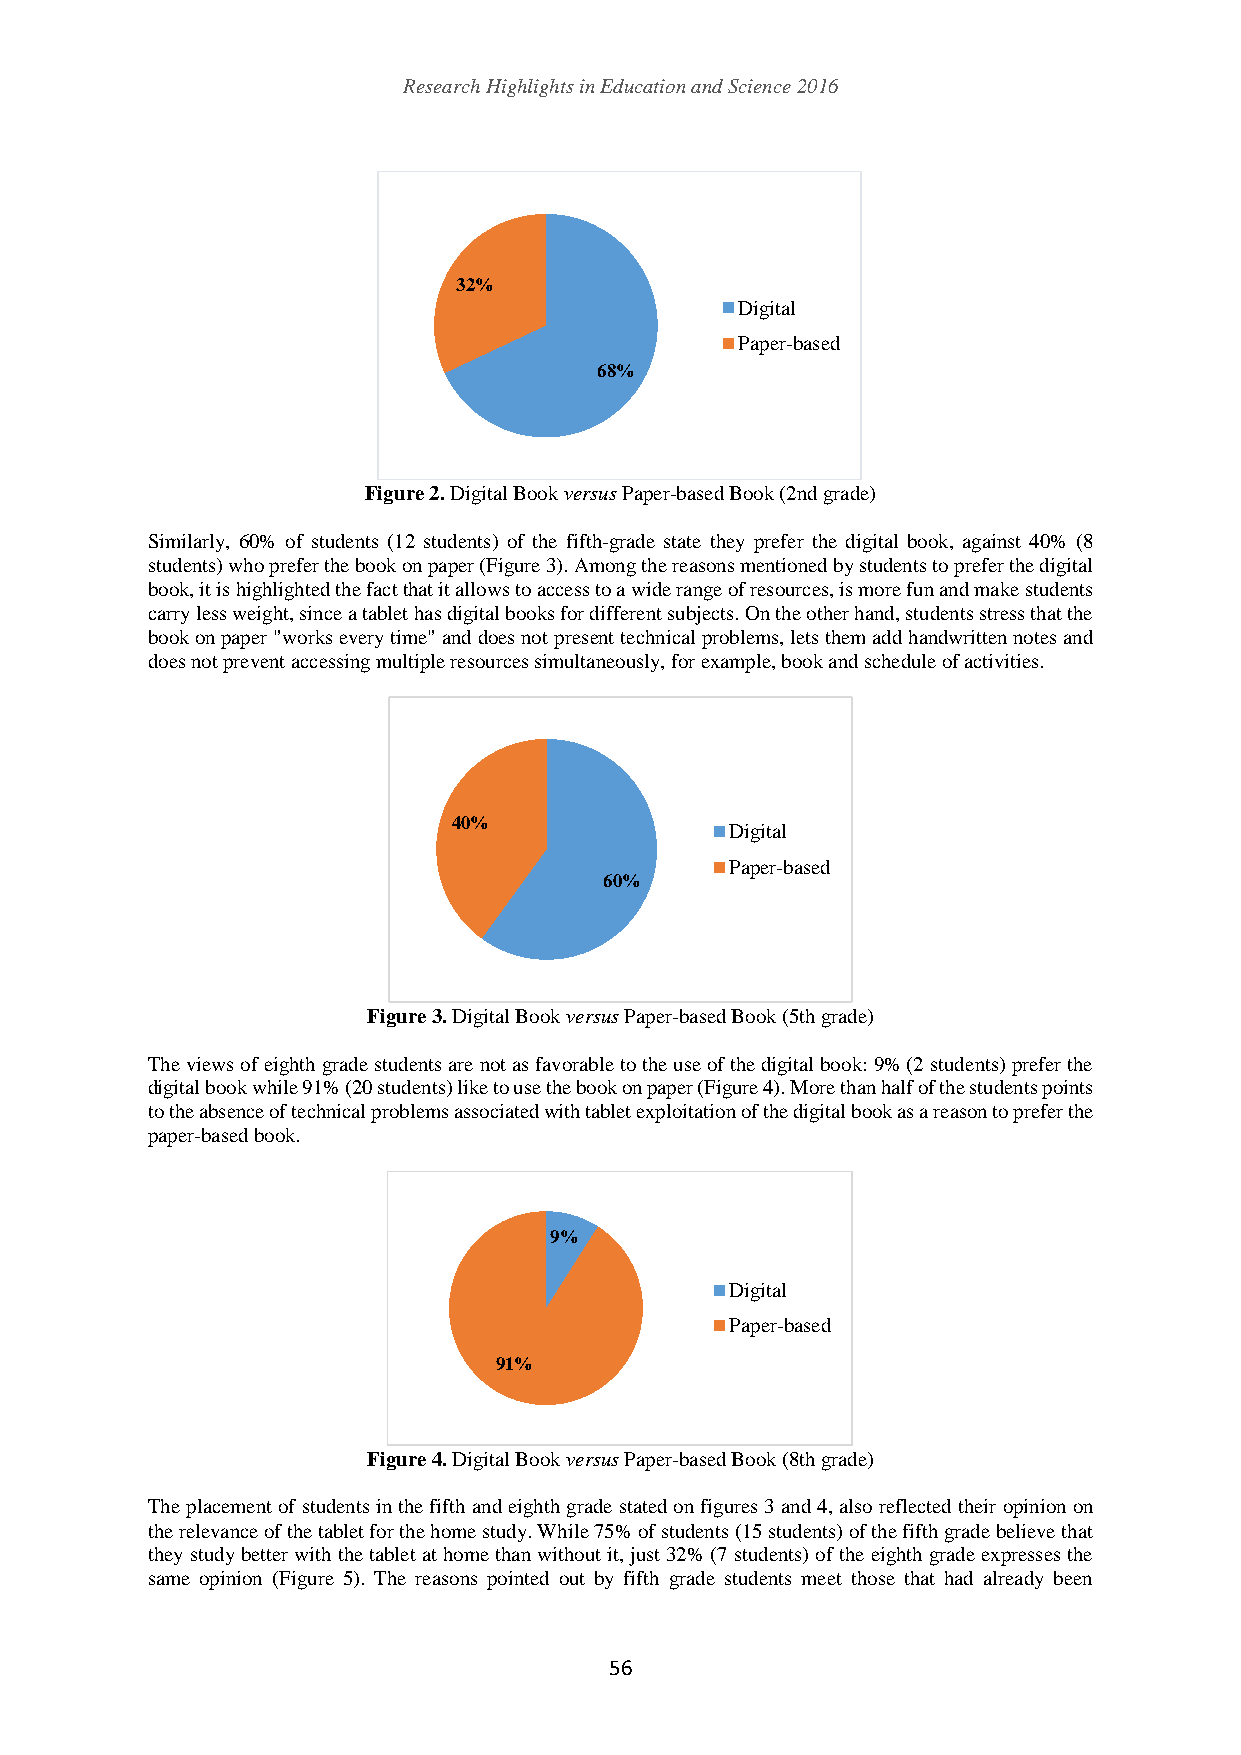
Research Highlights in Education and Science 2016
 32%
 Digital
 Paper-based
 68%
 Figure 2. Digital Book versus Paper-based Book (2nd grade)
 Similarly, 60% of students (12 students) of the fifth-grade state they prefer the digital book, against 40% (8
 students) who prefer the book on paper (Figure 3). Among the reasons mentioned by students to prefer the digital
 book, it is highlighted the fact that it allows to access to a wide range of resources, is more fun and make students
 carry less weight, since a tablet has digital books for different subjects. On the other hand, students stress that the
 book on paper "works every time" and does not present technical problems, lets them add handwritten notes and
 does not prevent accessing multiple resources simultaneously, for example, book and schedule of activities.
 40%
 Digital
 Paper-based
 60%
 Figure 3. Digital Book versus Paper-based Book (5th grade)
 The views of eighth grade students are not as favorable to the use of the digital book: 9% (2 students) prefer the
 digital book while 91% (20 students) like to use the book on paper (Figure 4). More than half of the students points
 to the absence of technical problems associated with tablet exploitation of the digital book as a reason to prefer the
 paper-based book.
 9%
 Digital
 Paper-based
 91%
 Figure 4. Digital Book versus Paper-based Book (8th grade)
 The placement of students in the fifth and eighth grade stated on figures 3 and 4, also reflected their opinion on
 the relevance of the tablet for the home study. While 75% of students (15 students) of the fifth grade believe that
 they study better with the tablet at home than without it, just 32% (7 students) of the eighth grade expresses the
 same opinion (Figure 5). The reasons pointed out by fifth grade students meet those that had already been
 56